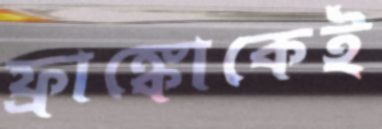
ফ্রাঙ্কোকেই